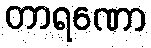
တာရဏော